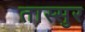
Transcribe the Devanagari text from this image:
तास्सुर